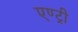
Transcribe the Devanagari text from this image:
एण्ट्री